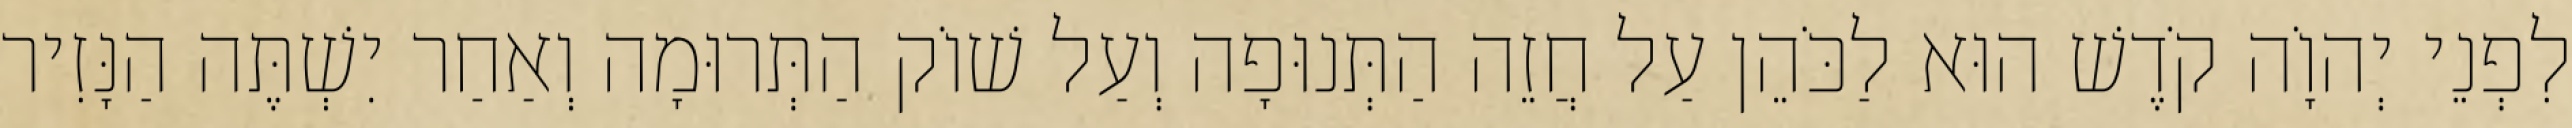
לִפְנֵי יְהוָֹה קֹדֶשׁ הוּא לַכֹּהֵן עַל חֲזֵה הַתְּנוּפָה וְעַל שׁוֹק הַתְּרוּמָה וְאַחַר יִשְׁתֶּה הַנָּזִיר